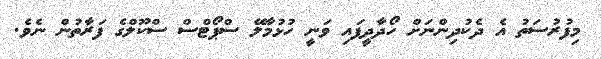
މިފުރުސަތު އެ ދެކުދިންނަށް ހޯދާދީފައި ވަނީ ހުޅުމާލޭ ސްޕޯޓްސް ސްކޫލްގެ ފަރާތުން ނެވެ.